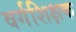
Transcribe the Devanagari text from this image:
वर्गशिक्षक